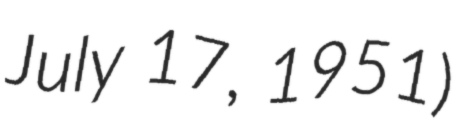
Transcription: July 17, 1951)